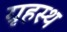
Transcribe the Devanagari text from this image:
ग्रृहस्थ